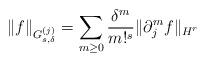
LaTeX: \begin{align*}\|f\|_{G_{s,\delta}^{(j)}} = \sum_{m\geq 0} \frac{\delta^m}{ m!^s} \| \partial^m_j f\|_{H^r} \end{align*}